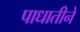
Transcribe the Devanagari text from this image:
पाधातीने